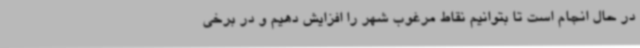
در حال انجام است تا بتوانیم نقاط مرغوب شهر را افزایش دهیم و در برخی